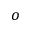
o